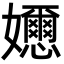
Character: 𡤘